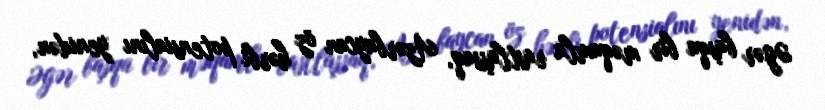
Əgər başqa bir məqamla rastlaşsaq, Azərbaycan öz hərbi potensialını yenidən,